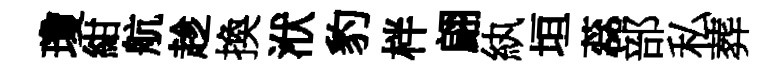
瓊紺航趁換洑豹柈翩紈垣蕊部私葬